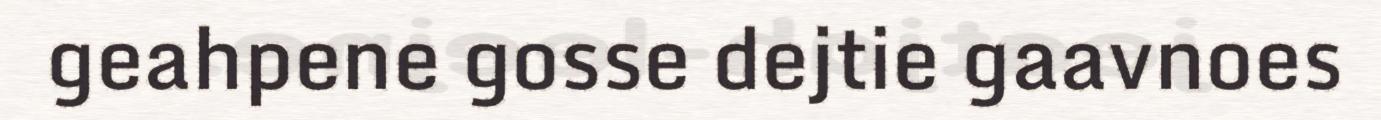
geahpene gosse dejtie gaavnoes